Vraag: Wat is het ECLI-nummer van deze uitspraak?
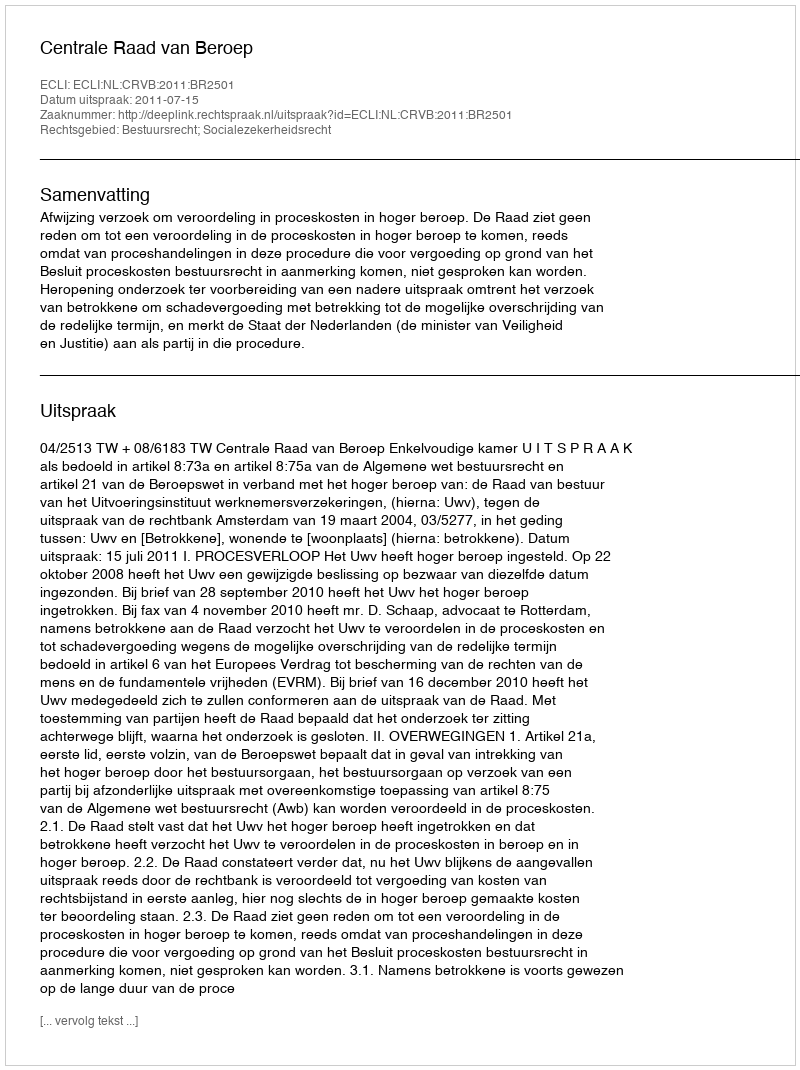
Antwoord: ECLI:NL:CRVB:2011:BR2501